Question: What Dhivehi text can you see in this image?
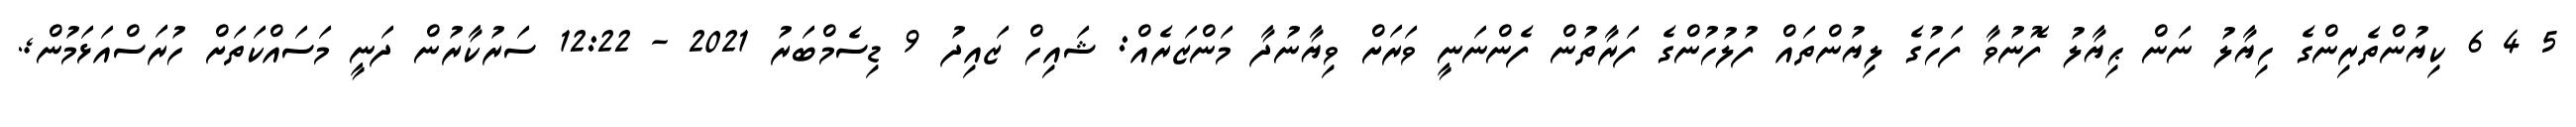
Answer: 5 4 6 ކިޔުންތެރިންގެ ހިޔާލު ނަން ޙިޔާލު ފޮނުވާ ފަހުގެ ލިޔުންތައް ފުލުހުންގެ ފަރާތުން ފެންނަނީ ވަރަށް ވިޔާނުދާ މަންޒަރެއް: ޝައިހް ޒައިދު 9 ޑިސެމްބަރު 2021 - 12:22 ސަރުކާރުން ދަނީ މަސައްކަތަށް ހުރަސްއަޅަމުން;.